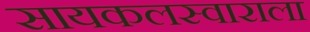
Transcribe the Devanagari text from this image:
सायकलस्वाराला